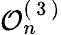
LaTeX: \mathcal{O}_{n}^{(\mathrm{~3~})}